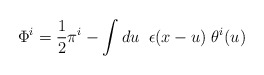
\begin{align*}\Phi^{i}=\frac{1}{2}\pi^{i}-\int du\;\; \epsilon(x-u)\;\theta^{i}(u)\end{align*}